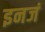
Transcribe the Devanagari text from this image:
इनजं